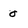
Character: 0